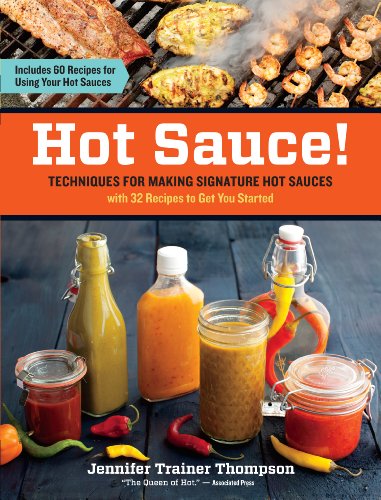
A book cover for Hot Sauce!: Techniques for Making Signature Hot Sauces, with 32 Recipes to Get You Started; Includes 60 Recipes for Using Your Hot Sauces; Jennifer Trainer Thompson; Cookbooks, Food & Wine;